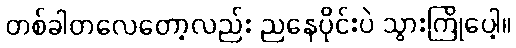
တစ်ခါတလေတော့လည်း ညနေပိုင်းပဲ သွားကြိုပေါ့။